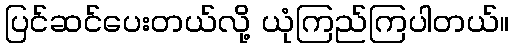
ပြင်ဆင်ပေးတယ်လို့ ယုံကြည်ကြပါတယ်။